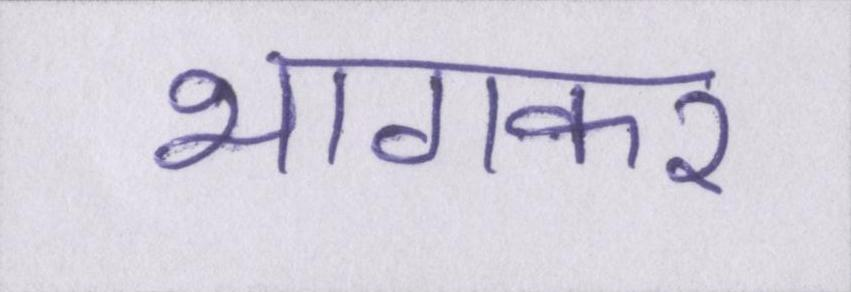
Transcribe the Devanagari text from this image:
भागकर